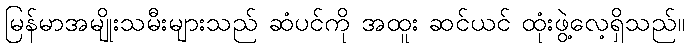
မြန်မာအမျိုးသမီးများသည် ဆံပင်ကို အထူး ဆင်ယင် ထုံးဖွဲ့လေ့ရှိသည်။